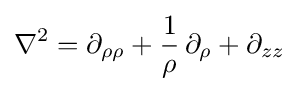
\nabla ^{2}=\partial _{\rho \rho }+{\frac {1}{\rho }}\,\partial _{\rho }+\partial _{zz}